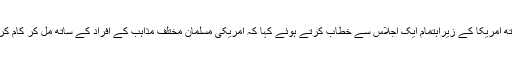
امریکا میں پاکستان کی سفیر نے اسلامک سوسائٹی آف نارتھ امریکا کے زیراہتمام ایک اجلاس سے خطاب کرتے ہوئے کہا کہ امریکی مسلمان مختلف مذاہب کے افراد کے ساتھ مل کر کام کرتے ہیں اور دنیا میں امن کیلئے اپنا کردار ادا کر رہے ہیں۔